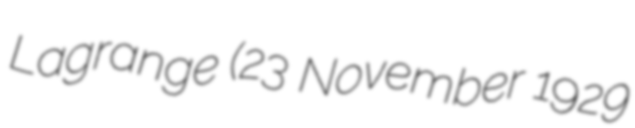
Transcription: Lagrange (23 November 1929